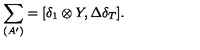
\sum _ { ( A ^ { \prime } ) } = [ \delta _ { 1 } \otimes Y , \Delta \delta _ { T } ] .